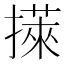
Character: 𢵭